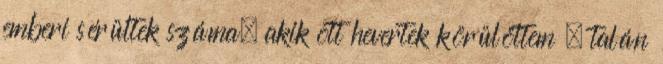
emberi sérültek száma, akik ott hevertek körülöttem – talán